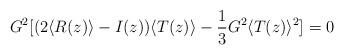
LaTeX: \begin{align*}G^2[(2\langle R(z) \rangle - I(z)) \langle T(z) \rangle-\frac{1}{3}G^2 \langle T(z) \rangle^2] =0\end{align*}